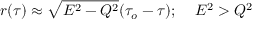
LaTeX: r ( \tau ) \approx \sqrt { E ^ { 2 } - Q ^ { 2 } } ( \tau _ { o } - \tau ) ; \; \; \; \; E ^ { 2 } > Q ^ { 2 }